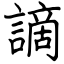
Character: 謫